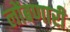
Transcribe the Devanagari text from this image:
लोंबणारी